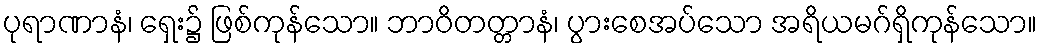
ပုရာဏာနံ၊ ရှေး၌ ဖြစ်ကုန်သော။ ဘာဝိတတ္တာနံ၊ ပွားစေအပ်သော အရိယမဂ်ရှိကုန်သော။